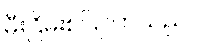
မီးငြိမ်းစပြုလာသည်။